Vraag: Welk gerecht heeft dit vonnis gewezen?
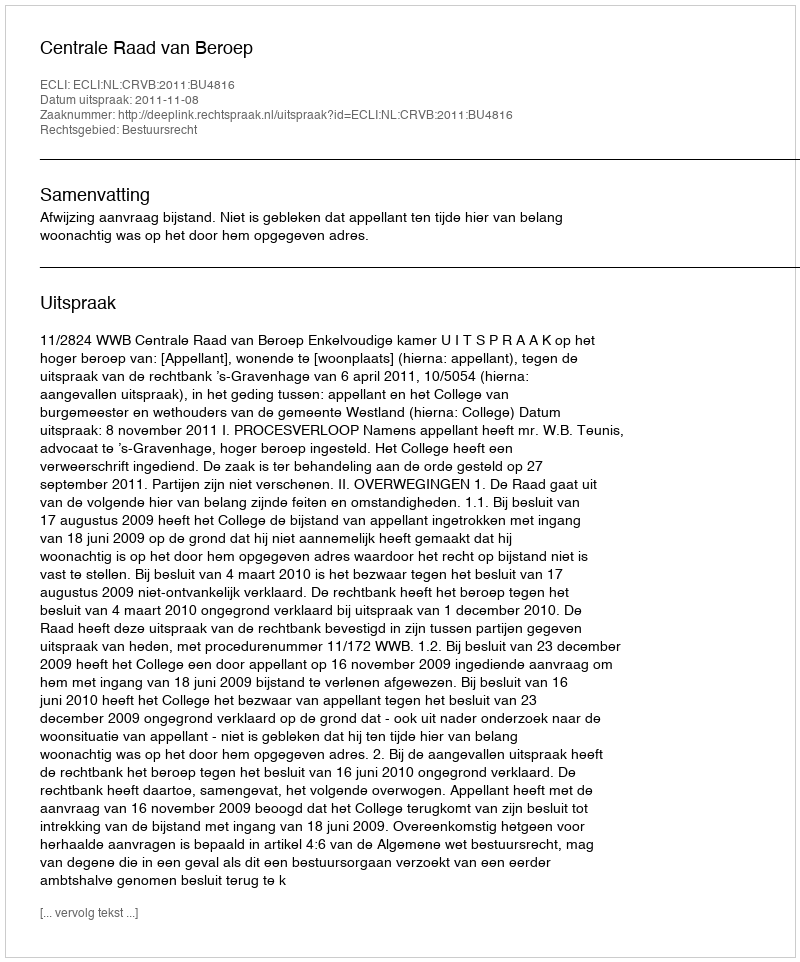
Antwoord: Centrale Raad van Beroep